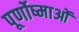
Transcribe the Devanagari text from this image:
पूर्णोष्माओं